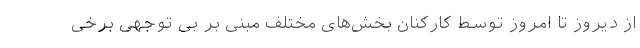
از دیروز تا امروز توسط کارکنان بخش‌های مختلف مبنی بر بی توجهی برخی